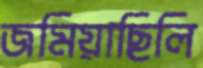
জমিয়াছিলি